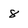
Character: 8